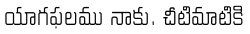
యాగఫలము నాకు. చీటిమాటికి